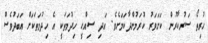
ހުރިތޯ ސަރުކާރުން ކަށަވަރު ކުރަމުންދާކަމަށެވެ. އަދި ސިއްޙީ ހިދުމަތަކީ އެ ހިދުމަތަކަށް އަބަދުވެސް